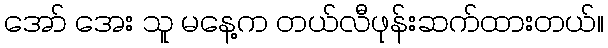
အော် အေး သူ မနေ့က တယ်လီဖုန်းဆက်ထားတယ်။